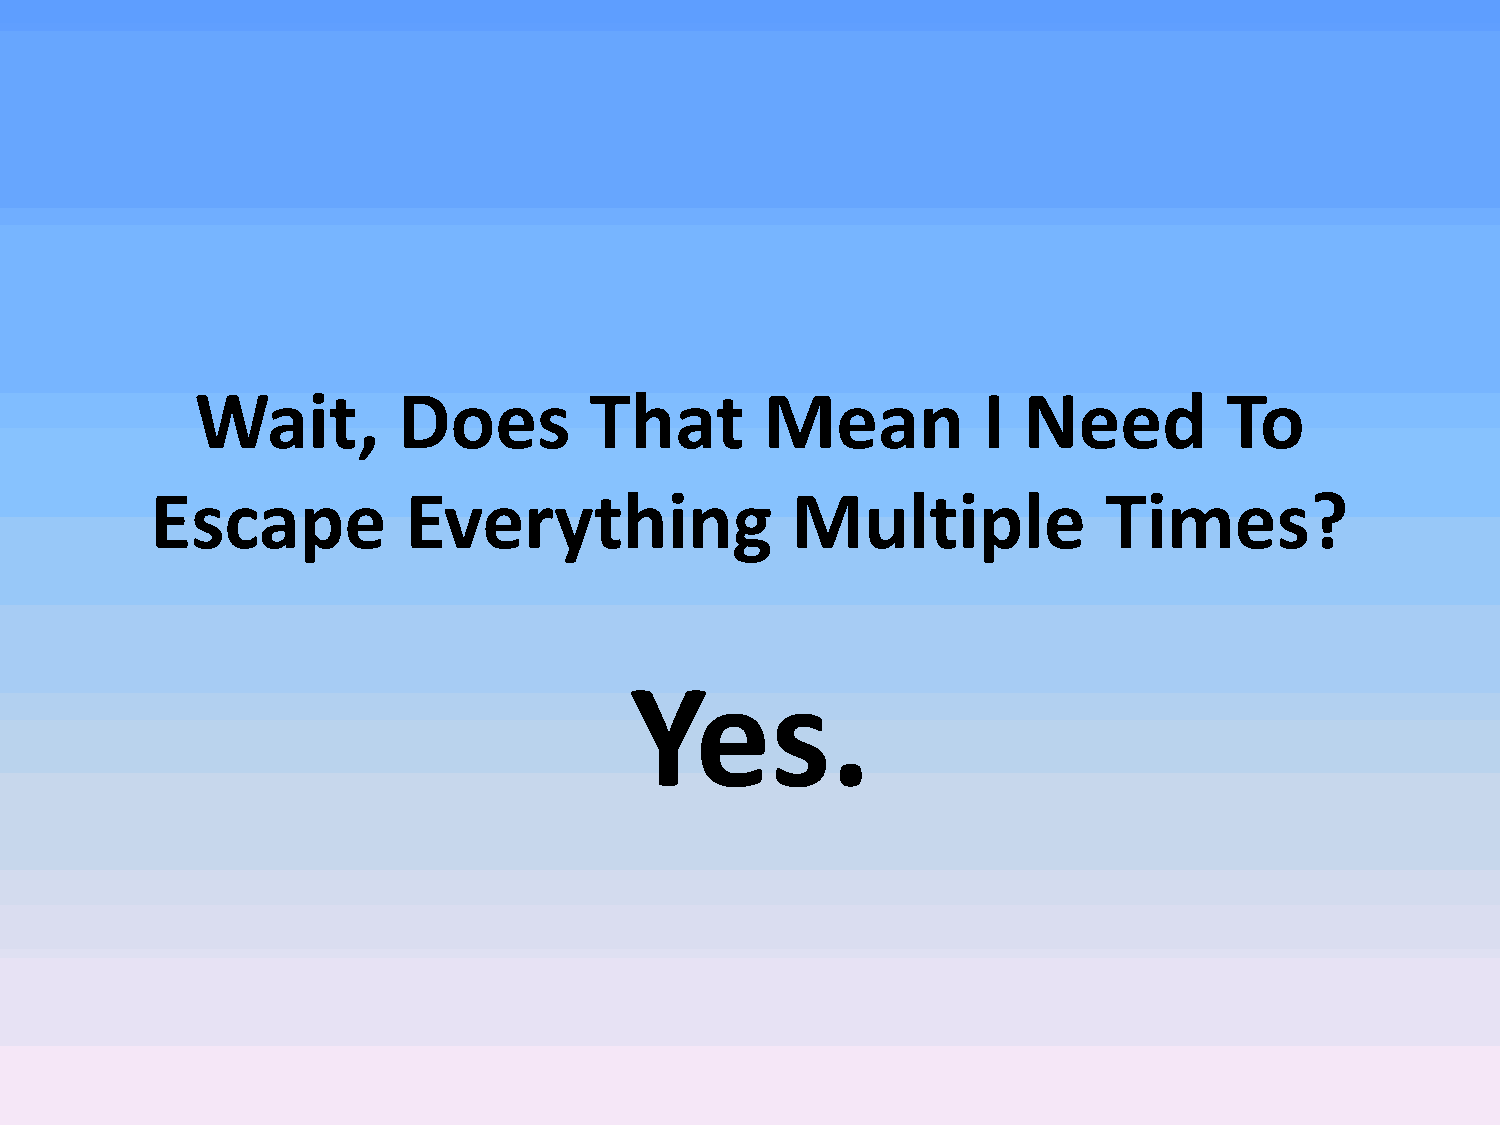
Wait,        Does         That        Mean          I  Need         To
 Escape           Everything               Multiple             Times?
 Yes.